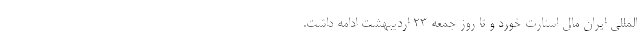
المللی ایران مال استارت خورد و تا روز جمعه 23 اردیبهشت ادامه داشت.